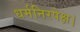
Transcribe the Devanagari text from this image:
धर्मनिरपेक्ष।